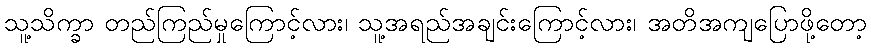
သူ့သိက္ခာ တည်ကြည်မှုကြောင့်လား၊ သူ့အရည်အချင်းကြောင့်လား၊ အတိအကျပြောဖို့တော့